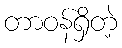
တာဝန်ရှိတဲ့